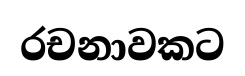
රචනාවකට